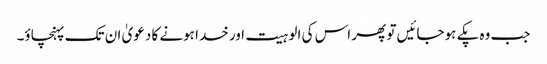
جب وہ پکے ہوجائیں تو پھر اس کی الوہیت اور خدا ہونے کا دعویٰ ان تک پہنچاؤ۔